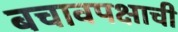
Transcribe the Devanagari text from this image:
बचावपक्षाची